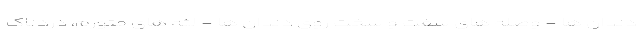
دندان ها - وصله های سفت و سخت روی دندان ها - لثه های متورم، دردناک